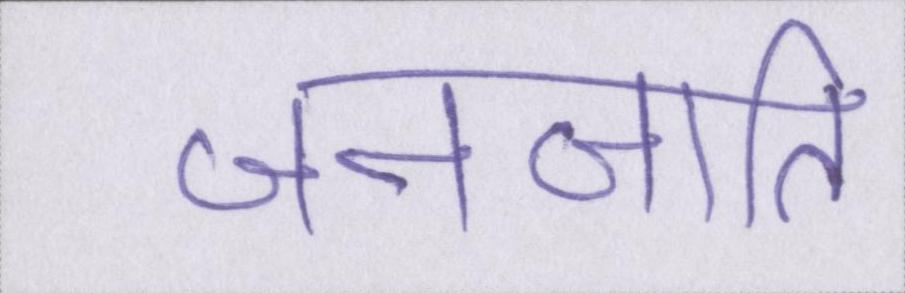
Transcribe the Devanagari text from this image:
जनजाति